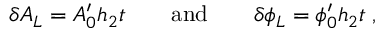
\delta A _ { L } = A _ { 0 } ^ { \prime } h _ { 2 } t \qquad \mathrm { a n d } \qquad \delta \phi _ { L } = \phi _ { 0 } ^ { \prime } h _ { 2 } t \; ,